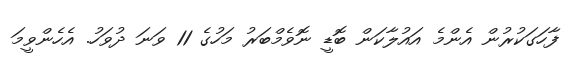
ފާހަގަކުރުން އެންމެ އައުލާކަން ބޮޑީ ނޮވެމްބަރު މަހުގެ 11 ވަނަ ދުވަހު. އެހެންވީމަ